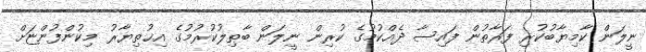
ނީލަން ކާމިޔާބުކުރި ފަރާތުން ފައިސާ ދެއްކުމުގެ ކުރިން ނީލަން ބާޠިލުކުރުމުގެ އިޚުތިޔާރު މިކުންފުންޏަށް